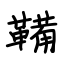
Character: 鞴